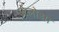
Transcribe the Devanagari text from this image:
जेलोआ